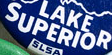
SUPERIOR